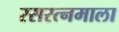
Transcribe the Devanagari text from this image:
रसरत्नमाला